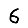
Digit: 6